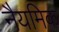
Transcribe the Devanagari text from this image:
नैयमिक